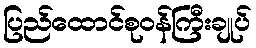
ပြည်ထောင်စုဝန်ကြီးချုပ်